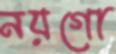
নয়গো